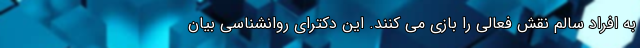
به افراد سالم نقش فعالی را بازی می کنند. این دکترای روانشناسی بیان